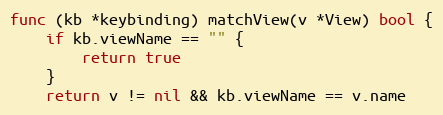
Language: Go
func (kb *keybinding) matchView(v *View) bool {
	if kb.viewName == "" {
		return true
	}
	return v != nil && kb.viewName == v.name